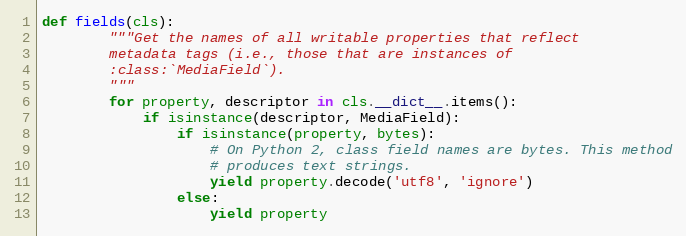
Language: Python
def fields(cls):
        """Get the names of all writable properties that reflect
        metadata tags (i.e., those that are instances of
        :class:`MediaField`).
        """
        for property, descriptor in cls.__dict__.items():
            if isinstance(descriptor, MediaField):
                if isinstance(property, bytes):
                    # On Python 2, class field names are bytes. This method
                    # produces text strings.
                    yield property.decode('utf8', 'ignore')
                else:
                    yield property